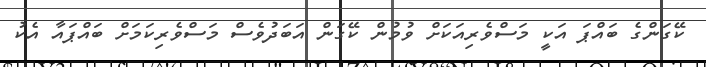
ކޭގަންގެ ބައްޕަ އަކީ މަސްވެރިއަކަށް ވުމުން ކޭގަން އަބަދުވެސް މަސްވެރިކަމަށް ބައްޕައާ އެކު